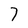
Character: 7